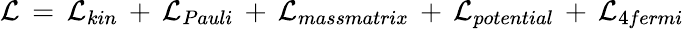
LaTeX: {\cal L}\, =\, {\cal L}_{kin}\, +\, {\cal L}_{Pauli}\, +\, {\cal L}_{massmatrix}\, +\, {\cal L}_{potential}\, +\, {\cal L}_{4fermi}